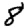
Digit: 8